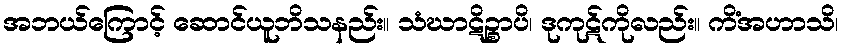
အဘယ်ကြောင့် ဆောင်ယူဘိသနည်း။ သံဃာဋိဉ္စာပိ၊ ဒုကုဋ်ကိုလည်း။ ကိံအဟာသိ၊